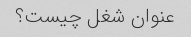
عنوان شغل چیست؟